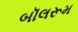
બૉલરૂમ